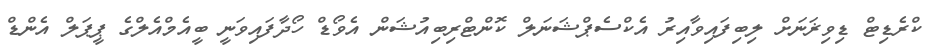
ކްރެޑިޓް ޑިވިޜަނަށް ލިބިފައިވާއިރު އެކްސެޕްޝަނަލް ކޮންޓްރިބިއުޝަން އެވޯޑް ހޯދާފައިވަނީ ބީއެމްއެލްގެ ޕީޕަލް އެންޑް